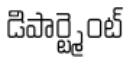
డిపార్ట్మెంట్